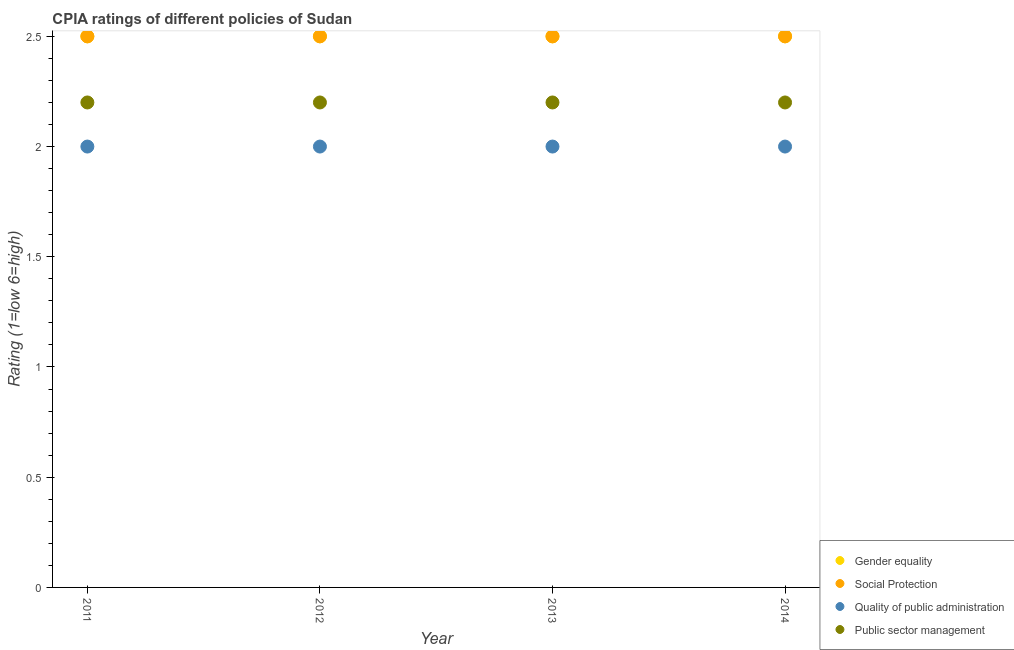
| Year | Gender equality | Social Protection | Quality of public administration | Public sector management |
 | --- | --- | --- | --- | --- |
 | 2011 | 2.5 | 2.5 | 2 | 2.2 |
 | 2012 | 2.5 | 2.5 | 2 | 2.2 |
 | 2013 | 2.5 | 2.5 | 2 | 2.2 |
 | 2014 | 2.5 | 2.5 | 2 | 2.2 |